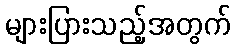
များပြားသည့်အတွက်